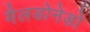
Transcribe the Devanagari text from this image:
मैलडोनेडो